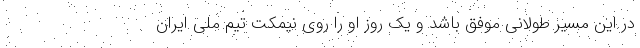
در این مسیر طولانی موفق باشد و یک روز او را روی نیمکت تیم ملی ایران